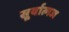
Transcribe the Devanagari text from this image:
सूर्यात्मज